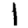
Digit: 1